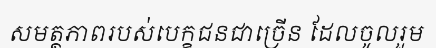
សមត្ថភាពរបស់បេក្ខជនជាច្រើន ដែលចូលរួម